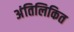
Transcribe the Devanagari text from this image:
अंतिलिकित